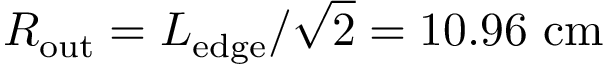
R _ { \mathrm { o u t } } = L _ { \mathrm { e d g e } } / \sqrt { 2 } = 1 0 . 9 6 \ \mathrm { c m }